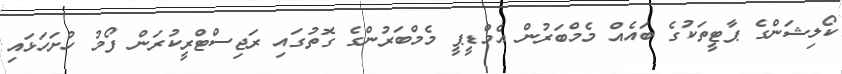
ކޯލިޝަންގެ ޕާޓީތަކުގެ ބައެއް މެމްބަރުން އެމްޑީޕީ މެމްބަރުންގެ ގޮތުގައި ރަޖިސްޓްރީކުރަން ފޯމު ހުށަހަޅައި